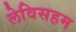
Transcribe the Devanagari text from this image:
लेविसहम